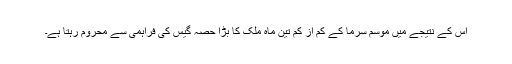
اس کے نتیجے میں موسم سرما کے کم از کم تین ماہ ملک کا بڑا حصہ گیس کی فراہمی سے محروم رہتا ہے۔